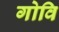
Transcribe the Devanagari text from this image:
गोवि